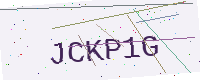
Text: JCKP1G